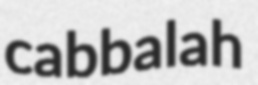
cabbalah